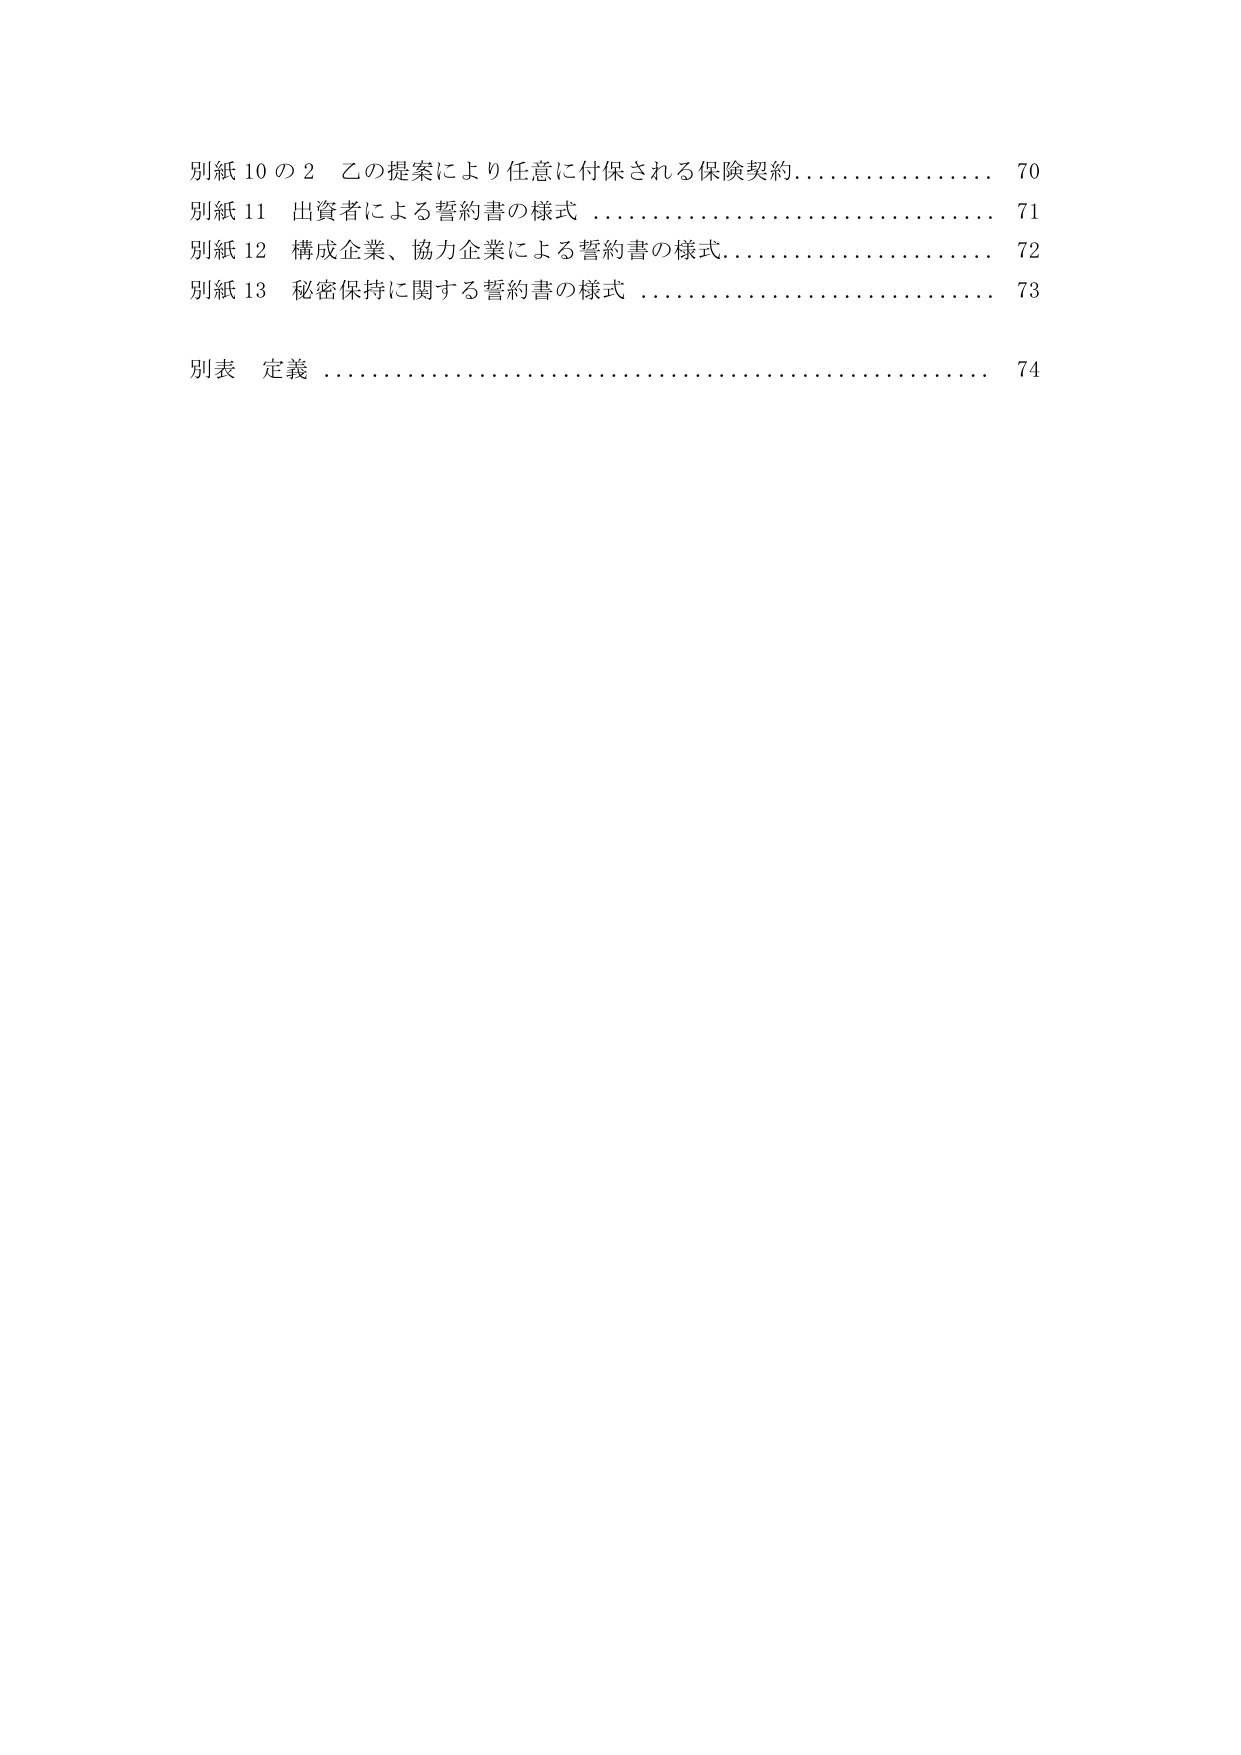
別紙 10 の 2 乙の提案により任意に付保される保険契約 70
別紙 11 出資者による誓約書の様式 71
別紙 12 構成企業、協力企業による誓約書の様式 72
別紙 13 秘密保持に関する誓約書の様式 73
別表 定義 74